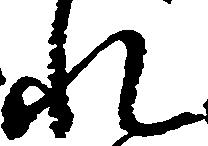
れ